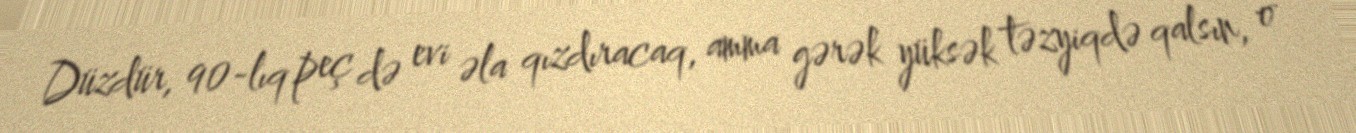
Düzdür, 90-lıq peç də evi əla qızdıracaq, amma gərək yüksək təzyiqdə qalsın, o